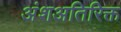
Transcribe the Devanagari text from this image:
अंशअतिरिक्त